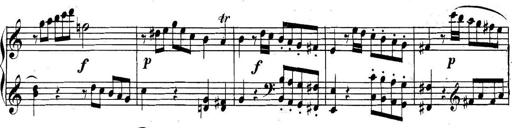
Title: Collected Piano Sonatas
Composer: Muzio Clementi